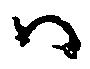
ハ